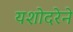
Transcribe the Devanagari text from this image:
यशोदरेने